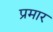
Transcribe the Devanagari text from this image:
प्रमार